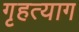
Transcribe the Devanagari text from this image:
गृहत्‍याग